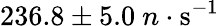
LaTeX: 236.8\pm 5.0~n\cdot\mathrm{s^{-1}}